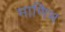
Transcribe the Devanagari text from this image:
माणिभ